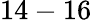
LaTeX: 14-16